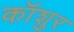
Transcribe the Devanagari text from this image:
कॉशुर